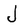
Character: J